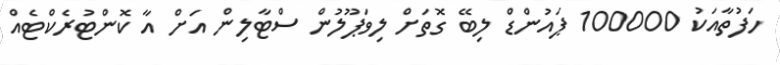
ހަފުތާއަކު 100000 ޕައުންޑް ލިބޭ ގޮތަށް ލިވަޕޫލުން ސްޓާލިން އަށް އާ ކޮންޓުރެކްޓެއް